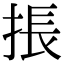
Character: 掁